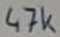
Text: 47k